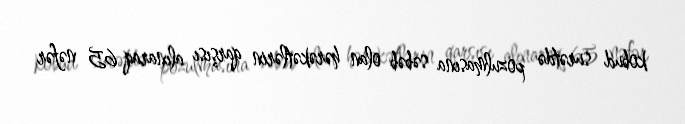
kobud surətdə pozulmasına səbəb olan hərəkətlərin qarşısı alınaraq 65 nəfər